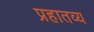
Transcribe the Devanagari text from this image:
प्रहातव्य